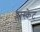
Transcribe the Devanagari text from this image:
प्लास्केट